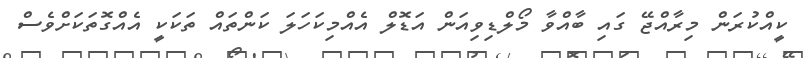
ކީއްކުރަން މިރާއްޖޭ ގައި ބާއްވާ މޯލްޑިވިއަން އަޑޮލް އެއްމިކަހަލަ ކަންތައް ތަކަކީ އެއްގޮތަކަށްވެސް